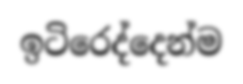
ඉටිරෙද්දෙන්ම